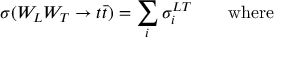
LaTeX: \sigma ( W _ { L } W _ { T } \rightarrow t \bar { t } ) = \sum _ { i } \sigma _ { i } ^ { L T } \qquad \mathrm { w h e r e }